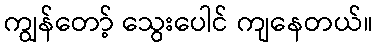
ကျွန်တော့် သွေးပေါင် ကျနေတယ်။